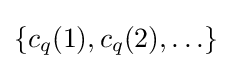
\{c_{q}(1),c_{q}(2),\ldots \}